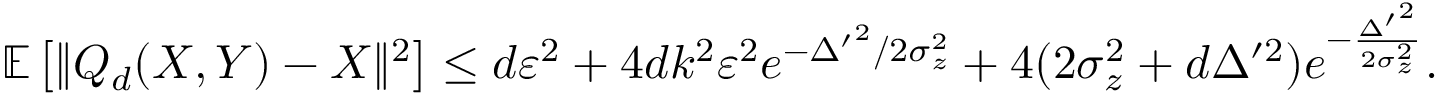
\begin{array} { r } { \mathbb { E } \left[ \| Q _ { d } ( X , Y ) - X \| ^ { 2 } \right] \leq d \varepsilon ^ { 2 } + 4 d k ^ { 2 } \varepsilon ^ { 2 } e ^ { - { { \Delta ^ { \prime } } ^ { 2 } } / { 2 \sigma _ { z } ^ { 2 } } } + 4 ( 2 \sigma _ { z } ^ { 2 } + d \Delta ^ { \prime 2 } ) e ^ { - \frac { { { \Delta ^ { \prime } } ^ { 2 } } } { 2 \sigma _ { z } ^ { 2 } } } . } \end{array}